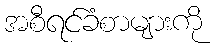
အစီရင်ခံစာများကို